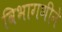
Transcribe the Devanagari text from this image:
विभागणीने